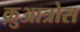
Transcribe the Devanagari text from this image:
क़ुआत्रोस